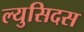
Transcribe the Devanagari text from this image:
ल्युसिदस